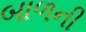
બાળની